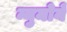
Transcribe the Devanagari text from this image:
न्युमोने